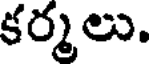
కర్మలు.